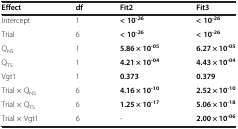
<table><thead><tr><td><b>Effect</b></td><td><b>df</b></td><td><b>Fit2</b></td><td><b>Fit3</b></td></tr></thead><tbody><tr><td>Intercept</td><td>1</td><td><b>&lt; 10</b><sup><b>-26</b></sup></td><td><b>&lt; 10</b><sup><b>-26</b></sup></td></tr><tr><td>Trial</td><td>6</td><td><b>&lt; 10</b><sup><b>-26</b></sup></td><td><b>&lt; 10</b><sup><b>-26</b></sup></td></tr><tr><td>Q<sub>NS</sub></td><td>1</td><td><b>5.86 × 10</b><sup><b>-05</b></sup></td><td><b>6.27 × 10</b><sup><b>-05</b></sup></td></tr><tr><td>Q<sub>TS</sub></td><td>1</td><td><b>4.21 × 10</b><sup><b>-04</b></sup></td><td><b>4.43 × 10</b><sup><b>-04</b></sup></td></tr><tr><td>Vgt1</td><td>1</td><td><b>0.373</b></td><td><b>0.379</b></td></tr><tr><td>Trial × Q<sub>NS</sub></td><td>6</td><td><b>4.16 × 10</b><sup><b>-10</b></sup></td><td><b>2.52 × 10</b><sup><b>-10</b></sup></td></tr><tr><td>Trial × Q<sub>TS</sub></td><td>6</td><td><b>1.25 × 10</b><sup><b>-17</b></sup></td><td><b>5.06 × 10</b><sup><b>-18</b></sup></td></tr><tr><td>Trial × Vgt1</td><td>6</td><td>-</td><td><b>2.00 × 10</b><sup><b>-06</b></sup></td></tr></tbody></table>